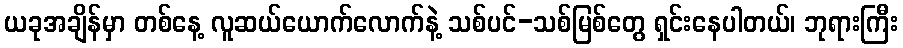
ယခုအချိန်မှာ တစ်နေ့ လူဆယ်ယောက်လောက်နဲ့ သစ်ပင်-သစ်မြစ်တွေ ရှင်းနေပါတယ်၊ ဘုရားကြီး